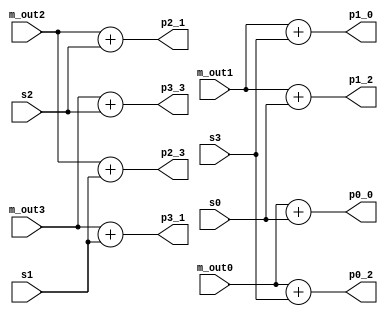
/******************************************************/   
/*   module compute_metric                            */   
/******************************************************/   
// ---------------------------------------------------------------------------
// Purpose 	: This module is used to accumulate the error metric.
// --
//		  <zalfany@opencores.org>
// Last Rev.	: 18.4.2000
// 
// Modules used : -
// --
// Simulator	: ModelSim PE/Plus 4.7h
// Error	: None known yet.
// --
// Input  : m_out{0..3}         -> previous error metric
//          s_{0..3}            -> the hamming distance
//                                 
// Output : px_y	        -> result of accumulation
//                                  x : the 'source' state
//				    y : the 'target' state
// ---------------------------------------------------------------------------

module compute_metric   
         (m_out0,m_out1,m_out2,m_out3,   
          s0,s1,s2,s3,
          p0_0,p1_0,p2_1,p3_1,p0_2,p1_2,p2_3,p3_3);   

      input [2:0] m_out0,m_out1,m_out2,m_out3;   
      input [1:0] s0,s1,s2,s3;   
      
      output [3:0] p0_0,p1_0,p2_1,p3_1,p0_2,p1_2,p2_3,p3_3;   

      
       assign p0_0 = m_out0 + s0,
              p0_2 = m_out0 + s3,
              
              p2_3 = m_out2 + s1,   
              p2_1 = m_out2 + s2,

              p1_0 = m_out1 + s3,
              p1_2 = m_out1 + s0,   
              p3_1 = m_out3 + s1,  
              p3_3 = m_out3 + s2;   

endmodule